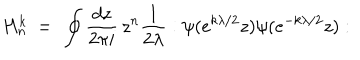
H _ { n } ^ { k } \ = \ \oint { \frac { d z } { 2 \pi i } } \, z ^ { n } { \frac { 1 } { 2 \lambda } } : \psi ( e ^ { k \lambda / 2 } z ) \psi ( e ^ { - k \lambda / 2 } z ) :